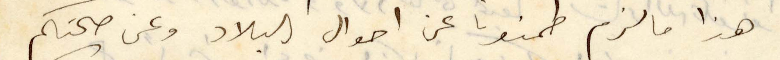
هذا ما لزم طمنونا عن أحوال البلاد وعن صحتكم